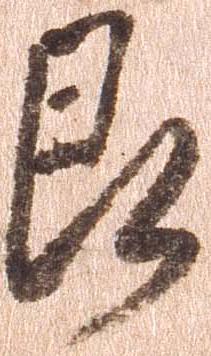
即